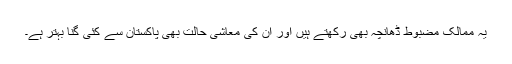
یہ ممالک مضبوط ڈھانچہ بھی رکھتے ہیں اور ان کی معاشی حالت بھی پاکستان سے کئی گنا بہتر ہے۔